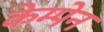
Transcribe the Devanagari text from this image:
केम्पेन